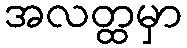
အလတ္ထမှာ